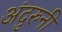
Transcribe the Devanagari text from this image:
अंदुरुनी